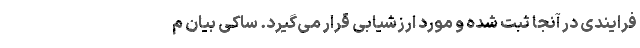
فرایندی در آنجا ثبت شده و مورد ارزشیابی قرار می‌گیرد. ساکی بیان م